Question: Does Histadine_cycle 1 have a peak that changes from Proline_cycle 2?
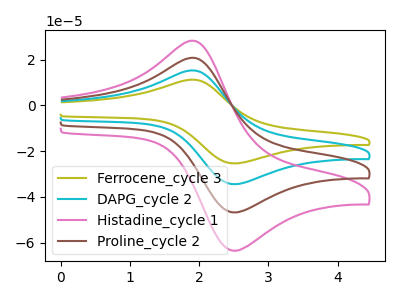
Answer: <think>The olive curve "Ferrocene_cycle 3" has an anodic peak at (1.95V, 61.80uA) and a cathodic peak at (2.55V, -140.25uA). The cyan curve "DAPG_cycle 2" has an anodic peak at (1.95V, 41.20uA) and a cathodic peak at (2.55V, -93.50uA). The pink curve "Histadine_cycle 1" has an anodic peak at (1.95V, 28.00uA) and a cathodic peak at (2.55V, -63.50uA). The brown curve "Proline_cycle 2" has an anodic peak at (1.95V, 20.60uA) and a cathodic peak at (2.55V, -46.75uA).
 All the peaks in "Histadine_cycle 1" have a peak in "Proline_cycle 2" at the same potential. Every peak in "Histadine_cycle 1" is higher than every peak in "Proline_cycle 2".</think>
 <answer>No, "Histadine_cycle 1" and "Proline_cycle 2" don't appear to be significantly different in shape</answer>
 <eval>no_change</eval>